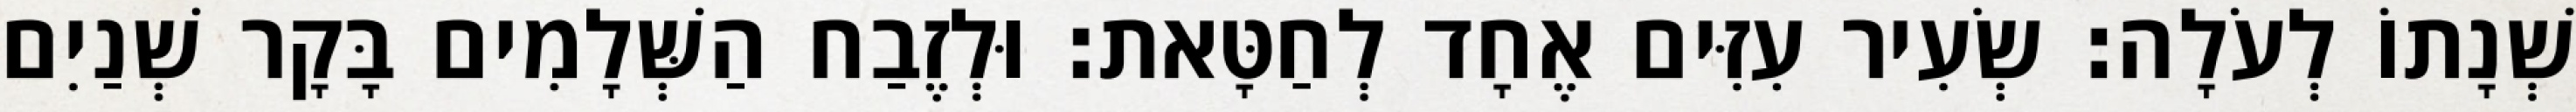
שְׁנָתוֹ לְעֹלָה׃ שְׂעִיר עִזִּים אֶחָד לְחַטָּאת׃ וּלְזֶבַח הַשְּׁלָמִים בָּקָר שְׁנַיִם